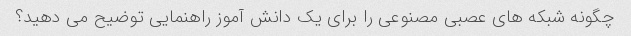
چگونه شبکه های عصبی مصنوعی را برای یک دانش آموز راهنمایی توضیح می دهید؟